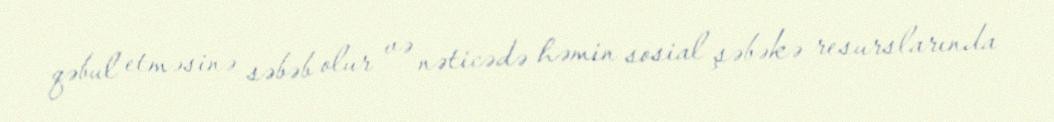
qəbul etməsinə səbəb olur və nəticədə həmin sosial şəbəkə resurslarında